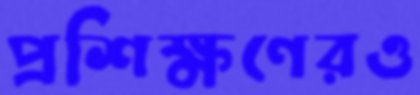
প্রশিক্ষণেরও